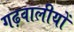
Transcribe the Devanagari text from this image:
गढ़वालीयों